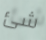
شئ